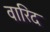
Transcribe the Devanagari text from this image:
वारिद